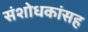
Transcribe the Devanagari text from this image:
संशोधकांसह